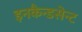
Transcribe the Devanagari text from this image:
इनकैन्डसेन्ट